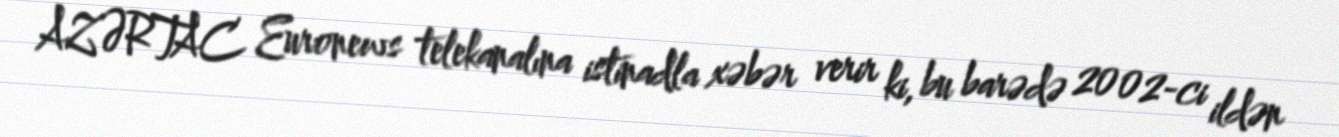
AZƏRTAC Euronews telekanalına istinadla xəbər verir ki, bu barədə 2002-ci ildən